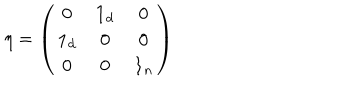
\eta = \left( \begin{array} { c c c } { { 0 } } & { { { \bf 1 } _ { d } } } & { { 0 } } \\ { { { \bf 1 } _ { d } } } & { { 0 } } & { { 0 } } \\ { { 0 } } & { { 0 } } & { { { \bf 1 } _ { n } } } \\ \end{array} \right)